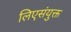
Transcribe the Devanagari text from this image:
लिएसंयुक्त